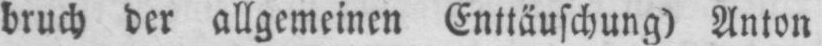
bruch der allgemeinen Enttäuschung) Anton